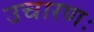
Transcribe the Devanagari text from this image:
उचारणः